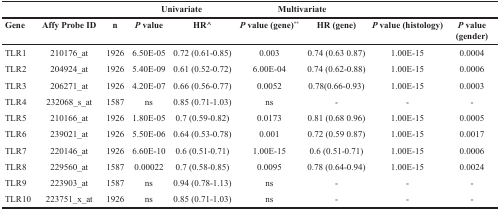
<table><thead><tr><td></td><td></td><td></td><td colspan="2"><b>Univariate</b></td><td colspan="2"><b>Multivariate</b></td><td></td><td></td></tr><tr><td><b>Gene</b></td><td><b>Affy Probe ID</b></td><td><b>n</b></td><td><b><i>P</i> value</b></td><td><b>HR^</b></td><td><b><i>P</i> value (gene)<sup>**</sup></b></td><td><b>HR (gene)</b></td><td><b><i>P</i> value (histology)</b></td><td><b><i>P</i> value (gender)</b></td></tr></thead><tbody><tr><td>TLR1</td><td>210176_at</td><td>1926</td><td>6.50E-05</td><td>0.72 (0.61-0.85)</td><td>0.003</td><td>0.74 (0.63 0.87)</td><td>1.00E-15</td><td>0.0004</td></tr><tr><td>TLR2</td><td>204924_at</td><td>1926</td><td>5.40E-09</td><td>0.61 (0.52-0.72)</td><td>6.00E-04</td><td>0.74 (0.62-0.88)</td><td>1.00E-15</td><td>0.0006</td></tr><tr><td>TLR3</td><td>206271_at</td><td>1926</td><td>4.20E-07</td><td>0.66 (0.56-0.77)</td><td>0.0052</td><td>0.78(0.66-0.93)</td><td>1.00E-15</td><td>0.0003</td></tr><tr><td>TLR4</td><td>232068_s_at</td><td>1587</td><td>ns</td><td>0.85 (0.71-1.03)</td><td>ns</td><td>-</td><td>-</td><td>-</td></tr><tr><td>TLR5</td><td>210166_at</td><td>1926</td><td>1.80E-05</td><td>0.7 (0.59-0.82)</td><td>0.0173</td><td>0.81 (0.68 0.96)</td><td>1.00E-15</td><td>0.0005</td></tr><tr><td>TLR6</td><td>239021_at</td><td>1926</td><td>5.50E-06</td><td>0.64 (0.53-0.78)</td><td>0.001</td><td>0.72 (0.59 0.87)</td><td>1.00E-15</td><td>0.0017</td></tr><tr><td>TLR7</td><td>220146_at</td><td>1926</td><td>6.60E-10</td><td>0.6 (0.51-0.71)</td><td>1.00E-15</td><td>0.6 (0.51-0.71)</td><td>1.00E-15</td><td>0.0006</td></tr><tr><td>TLR8</td><td>229560_at</td><td>1587</td><td>0.00022</td><td>0.7 (0.58-0.85)</td><td>0.0095</td><td>0.78 (0.64-0.94)</td><td>1.00E-15</td><td>0.0024</td></tr><tr><td>TLR9</td><td>223903_at</td><td>1587</td><td>ns</td><td>0.94 (0.78-1.13)</td><td>ns</td><td>-</td><td>-</td><td>-</td></tr><tr><td>TLR10</td><td>223751_x_at</td><td>1926</td><td>ns</td><td>0.85 (0.71-1.03)</td><td>ns</td><td>-</td><td>-</td><td>-</td></tr></tbody></table>